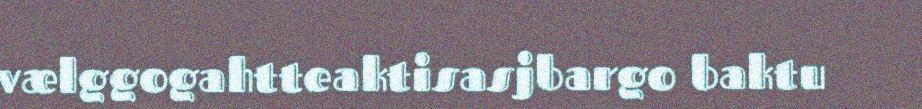
vælggogahtteaktisasjbargo baktu